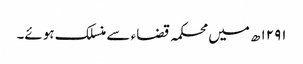
۱۲۹۱ھ میں محکمہ قضاء سے منسلک ہوئے۔